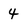
Character: 4